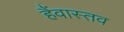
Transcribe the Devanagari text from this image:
हैंवास्तव